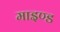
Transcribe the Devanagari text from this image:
माइण्ड